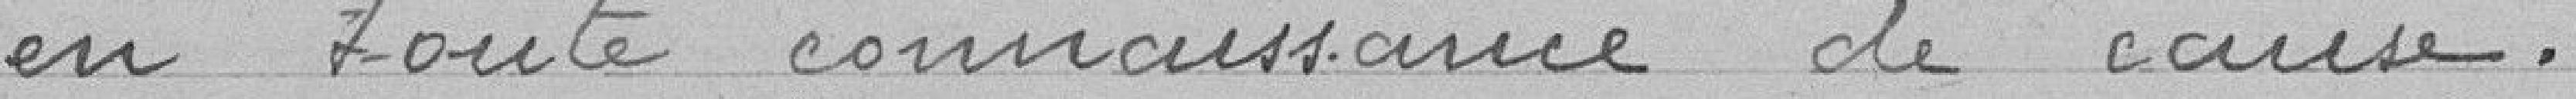
en toute connaissance de cause.